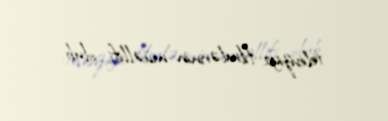
televiziya filmlərinin müəllifi olub.